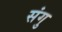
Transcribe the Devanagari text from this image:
संगु